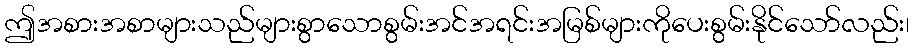
ဤအစားအစာများသည်များစွာသောစွမ်းအင်အရင်းအမြစ်များကိုပေးစွမ်းနိုင်သော်လည်း၊